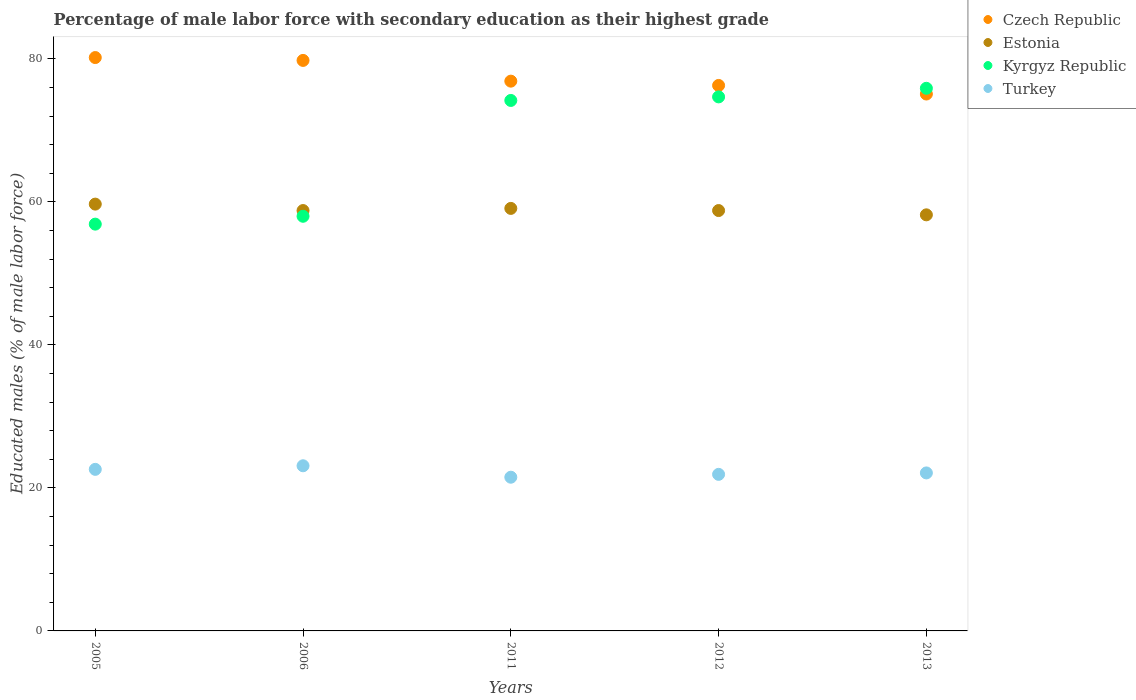
| Years | Czech Republic | Estonia | Kyrgyz Republic | Turkey |
 | --- | --- | --- | --- | --- |
 | 2005 | 80.2 | 59.7 | 56.9 | 22.6 |
 | 2006 | 79.8 | 58.8 | 58 | 23.1 |
 | 2011 | 76.9 | 59.1 | 74.2 | 21.5 |
 | 2012 | 76.3 | 58.8 | 74.7 | 21.9 |
 | 2013 | 75.1 | 58.2 | 75.9 | 22.1 |